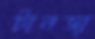
টানজা